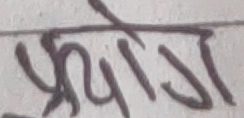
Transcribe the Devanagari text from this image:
प्रयोग